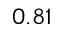
0 . 8 1